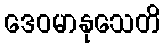
ဒေဝမာနုသေတိ